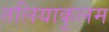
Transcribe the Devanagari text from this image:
तलियाकुलम